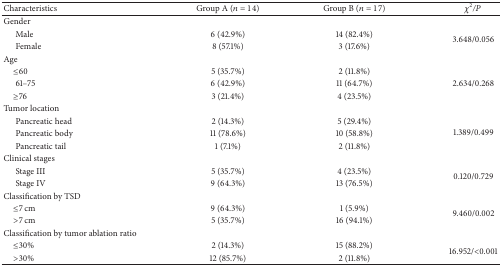
<table><thead><tr><td><b>Characteristics</b></td><td><b>Group A (<i>n</i> = 14)</b></td><td><b>Group B (<i>n</i> = 17)</b></td><td><b><i>χ</i><sup>2</sup><i>/P </i></b></td></tr></thead><tbody><tr><td>Gender</td><td> </td><td> </td><td> </td></tr><tr><td>Male</td><td>6 (42.9%)</td><td>14 (82.4%)</td><td rowspan="2">3.648/0.056</td></tr><tr><td>Female</td><td>8 (57.1%)</td><td>3 (17.6%)</td></tr><tr><td>Age</td><td> </td><td> </td><td> </td></tr><tr><td>≤60 </td><td>5 (35.7%)</td><td>2 (11.8%)</td><td rowspan="3">2.634/0.268</td></tr><tr><td>61–75</td><td>6 (42.9%)</td><td>11 (64.7%)</td></tr><tr><td>≥76</td><td>3 (21.4%)</td><td>4 (23.5%)</td></tr><tr><td>Tumor location </td><td> </td><td> </td><td> </td></tr><tr><td>Pancreatic head</td><td>2 (14.3%)</td><td>5 (29.4%)</td><td rowspan="3">1.389/0.499</td></tr><tr><td>Pancreatic body</td><td>11 (78.6%)</td><td>10 (58.8%)</td></tr><tr><td>Pancreatic tail</td><td>1 (7.1%)</td><td>2 (11.8%)</td></tr><tr><td>Clinical stages</td><td> </td><td> </td><td> </td></tr><tr><td>Stage III</td><td>5 (35.7%)</td><td>4 (23.5%)</td><td rowspan="2">0.120/0.729</td></tr><tr><td>Stage IV</td><td>9 (64.3%)</td><td>13 (76.5%)</td></tr><tr><td>Classification by TSD </td><td> </td><td> </td><td> </td></tr><tr><td>≤7 cm</td><td>9 (64.3%)</td><td>1 (5.9%)</td><td rowspan="2">9.460/0.002</td></tr><tr><td>&gt;7 cm</td><td>5 (35.7%)</td><td>16 (94.1%)</td></tr><tr><td>Classification by tumor ablation ratio</td><td> </td><td> </td><td> </td></tr><tr><td>≤30%</td><td>2 (14.3%)</td><td>15 (88.2%)</td><td rowspan="2">16.952/&lt;0.001</td></tr><tr><td>&gt;30%</td><td>12 (85.7%)</td><td>2 (11.8%)</td></tr></tbody></table>